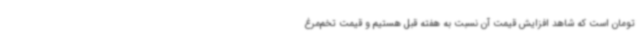
تومان است که شاهد افزایش قیمت آن نسبت به هفته قبل هستیم و قیمت تخم‌مرغ